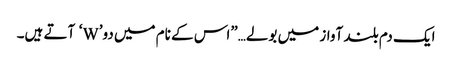
ایک دم بلند آواز میں بولے…”اس کے نام میں دو’W‘ آتے ہیں۔